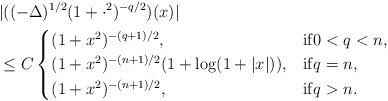
LaTeX: \begin{align*}&|( (-\Delta)^{1/2} (1 + \cdot^2)^{-q/2} ) (x) |\\&\leq C\begin{cases}(1+x^2)^{-(q+1)/2},&\mathrm{if} 0 < q < n,\\(1+x^2)^{-(n+1)/2} (1+\log (1+|x|)),&\mathrm{if} q = n,\\(1+x^2)^{-(n+1)/2},&\mathrm{if} q > n.\end{cases}\end{align*}